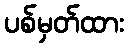
ပစ်မှတ်ထား